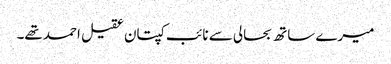
میرے ساتھ بحالی سے نائب کپتان عقیل احمد تھے۔